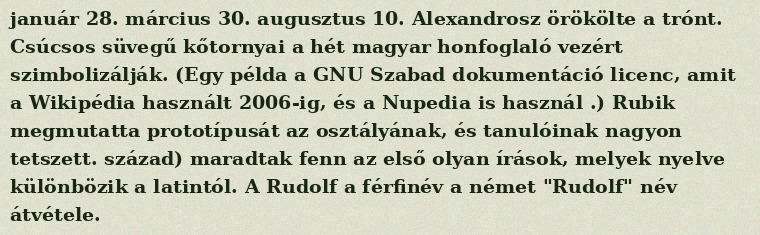
január 28. március 30. augusztus 10. Alexandrosz örökölte a trónt. Csúcsos süvegű kőtornyai a hét magyar honfoglaló vezért szimbolizálják. (Egy példa a GNU Szabad dokumentáció licenc, amit a Wikipédia használt 2006-ig, és a Nupedia is használ .) Rubik megmutatta prototípusát az osztályának, és tanulóinak nagyon tetszett. század) maradtak fenn az első olyan írások, melyek nyelve különbözik a latintól. A Rudolf a férfinév a német "Rudolf" név átvétele.